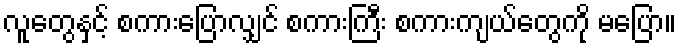
လူတွေနှင့် စကားပြောလျှင် စကားကြီး စကားကျယ်တွေကို မပြော။